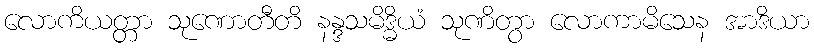
လောကိယတ္တာ သုဏောတီတိ နန္ဒသမိဒ္ဓိယံ သုဏိတွာ လောကာမိသေန အာဒိယာ